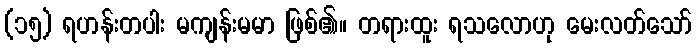
(၁၅) ရဟန်းတပါး မကျန်းမမာ ဖြစ်၏။ တရားထူး ရသလောဟု မေးလတ်သော်